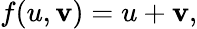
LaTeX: f(u,\mathbf{v})=u+\mathbf{v},